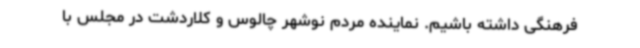
فرهنگی داشته باشیم. نماینده مردم نوشهر چالوس و کلاردشت در مجلس با